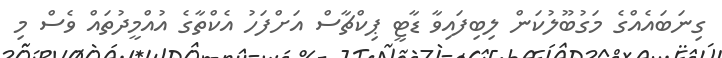
ގިނަބައެއްގެ މަގުބޫލުކަން ލިބިފައިވާ ޑާޓީ ޕިކްޗާސް އަށްފަހު އެކްތާގެ އުއްމީދުތައް ވެސް މި